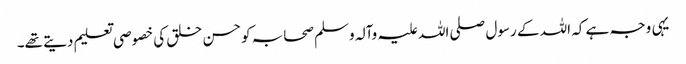
یہی وجہ ہے کہ اللہ کے رسول صلی اللہ علیہ وآلہ وسلم صحابہ کو حسن خلق کی خصوصی تعلیم دیتے تھے۔